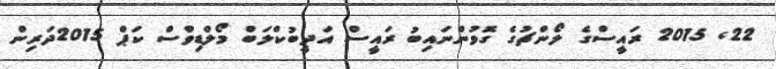
22